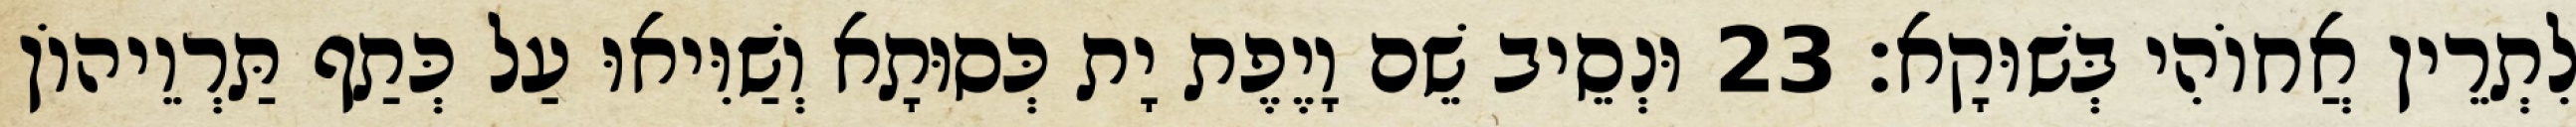
לִתְרֵין אֲחוֹהִי בְּשׁוּקָא׃ 23 וּנְסֵיב שֵׁם וָיֶפֶת יָת כְּסוּתָא וְשַׁוִּיאוּ עַל כְּתַף תַּרְוֵיהוֹן